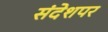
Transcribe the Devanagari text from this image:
संदेशपर